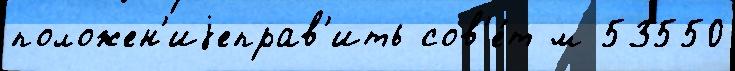
положен'иjеправ'ить сов'е́т м 53550